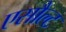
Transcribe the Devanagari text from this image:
एसौल्ट